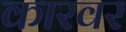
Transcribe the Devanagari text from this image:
कारवर